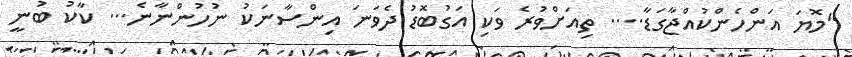
"މޮޔަ އަންހެންކުއްޖާގަޑާ.... ތިއަށްވުރެ ވަކި އަގުބޮޑު ދެވަނަ އިންސާނަކު ނުހުންނާނެ... ކާކު ބުނީ